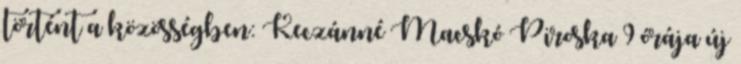
történt a közösségben: Keczánné Macskó Piroska 9 órája új